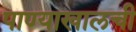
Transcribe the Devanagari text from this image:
पाण्याखालची